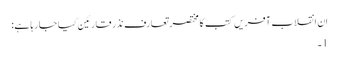
اِن انقلاب آفریں کتب کا مختصر تعارف نذرِ قارئین کیا جا رہا ہے:
1۔